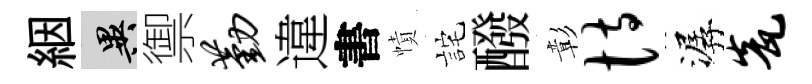
絪异禦勤違書幘詫醱彰恃潺瓮